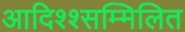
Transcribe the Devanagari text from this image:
आदिश्श्सम्मिलित